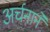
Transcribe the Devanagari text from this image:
अर्चनाने